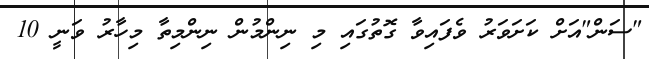
"ސަން"އަށް ކަށަވަރު ވެފައިވާ ގޮތުގައި މި ނިންމުން ނިންމިތާ މިހާރު ވަނީ 10